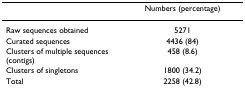
|  | Numbers (percentage) |
 | --- | --- |
 | Raw sequences obtained | 5271 |
 | Curated sequences | 4436 (84) |
 | Clusters of multiple sequences (contigs) | 458 (8.6) |
 | Clusters of singletons | 1800 (34.2) |
 | Total | 2258 (42.8) |